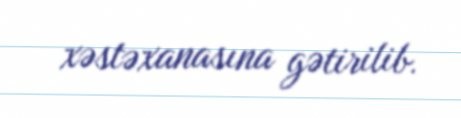
xəstəxanasına gətirilib.